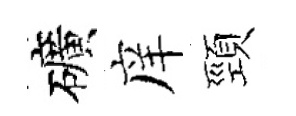
礦庠頸